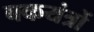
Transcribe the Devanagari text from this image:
बकयंत्रों